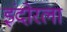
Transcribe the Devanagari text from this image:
इंदोरला